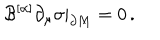
{ \cal B } ^ { [ \alpha ] } \partial _ { \mu } \sigma | _ { \partial M } = 0 \, .